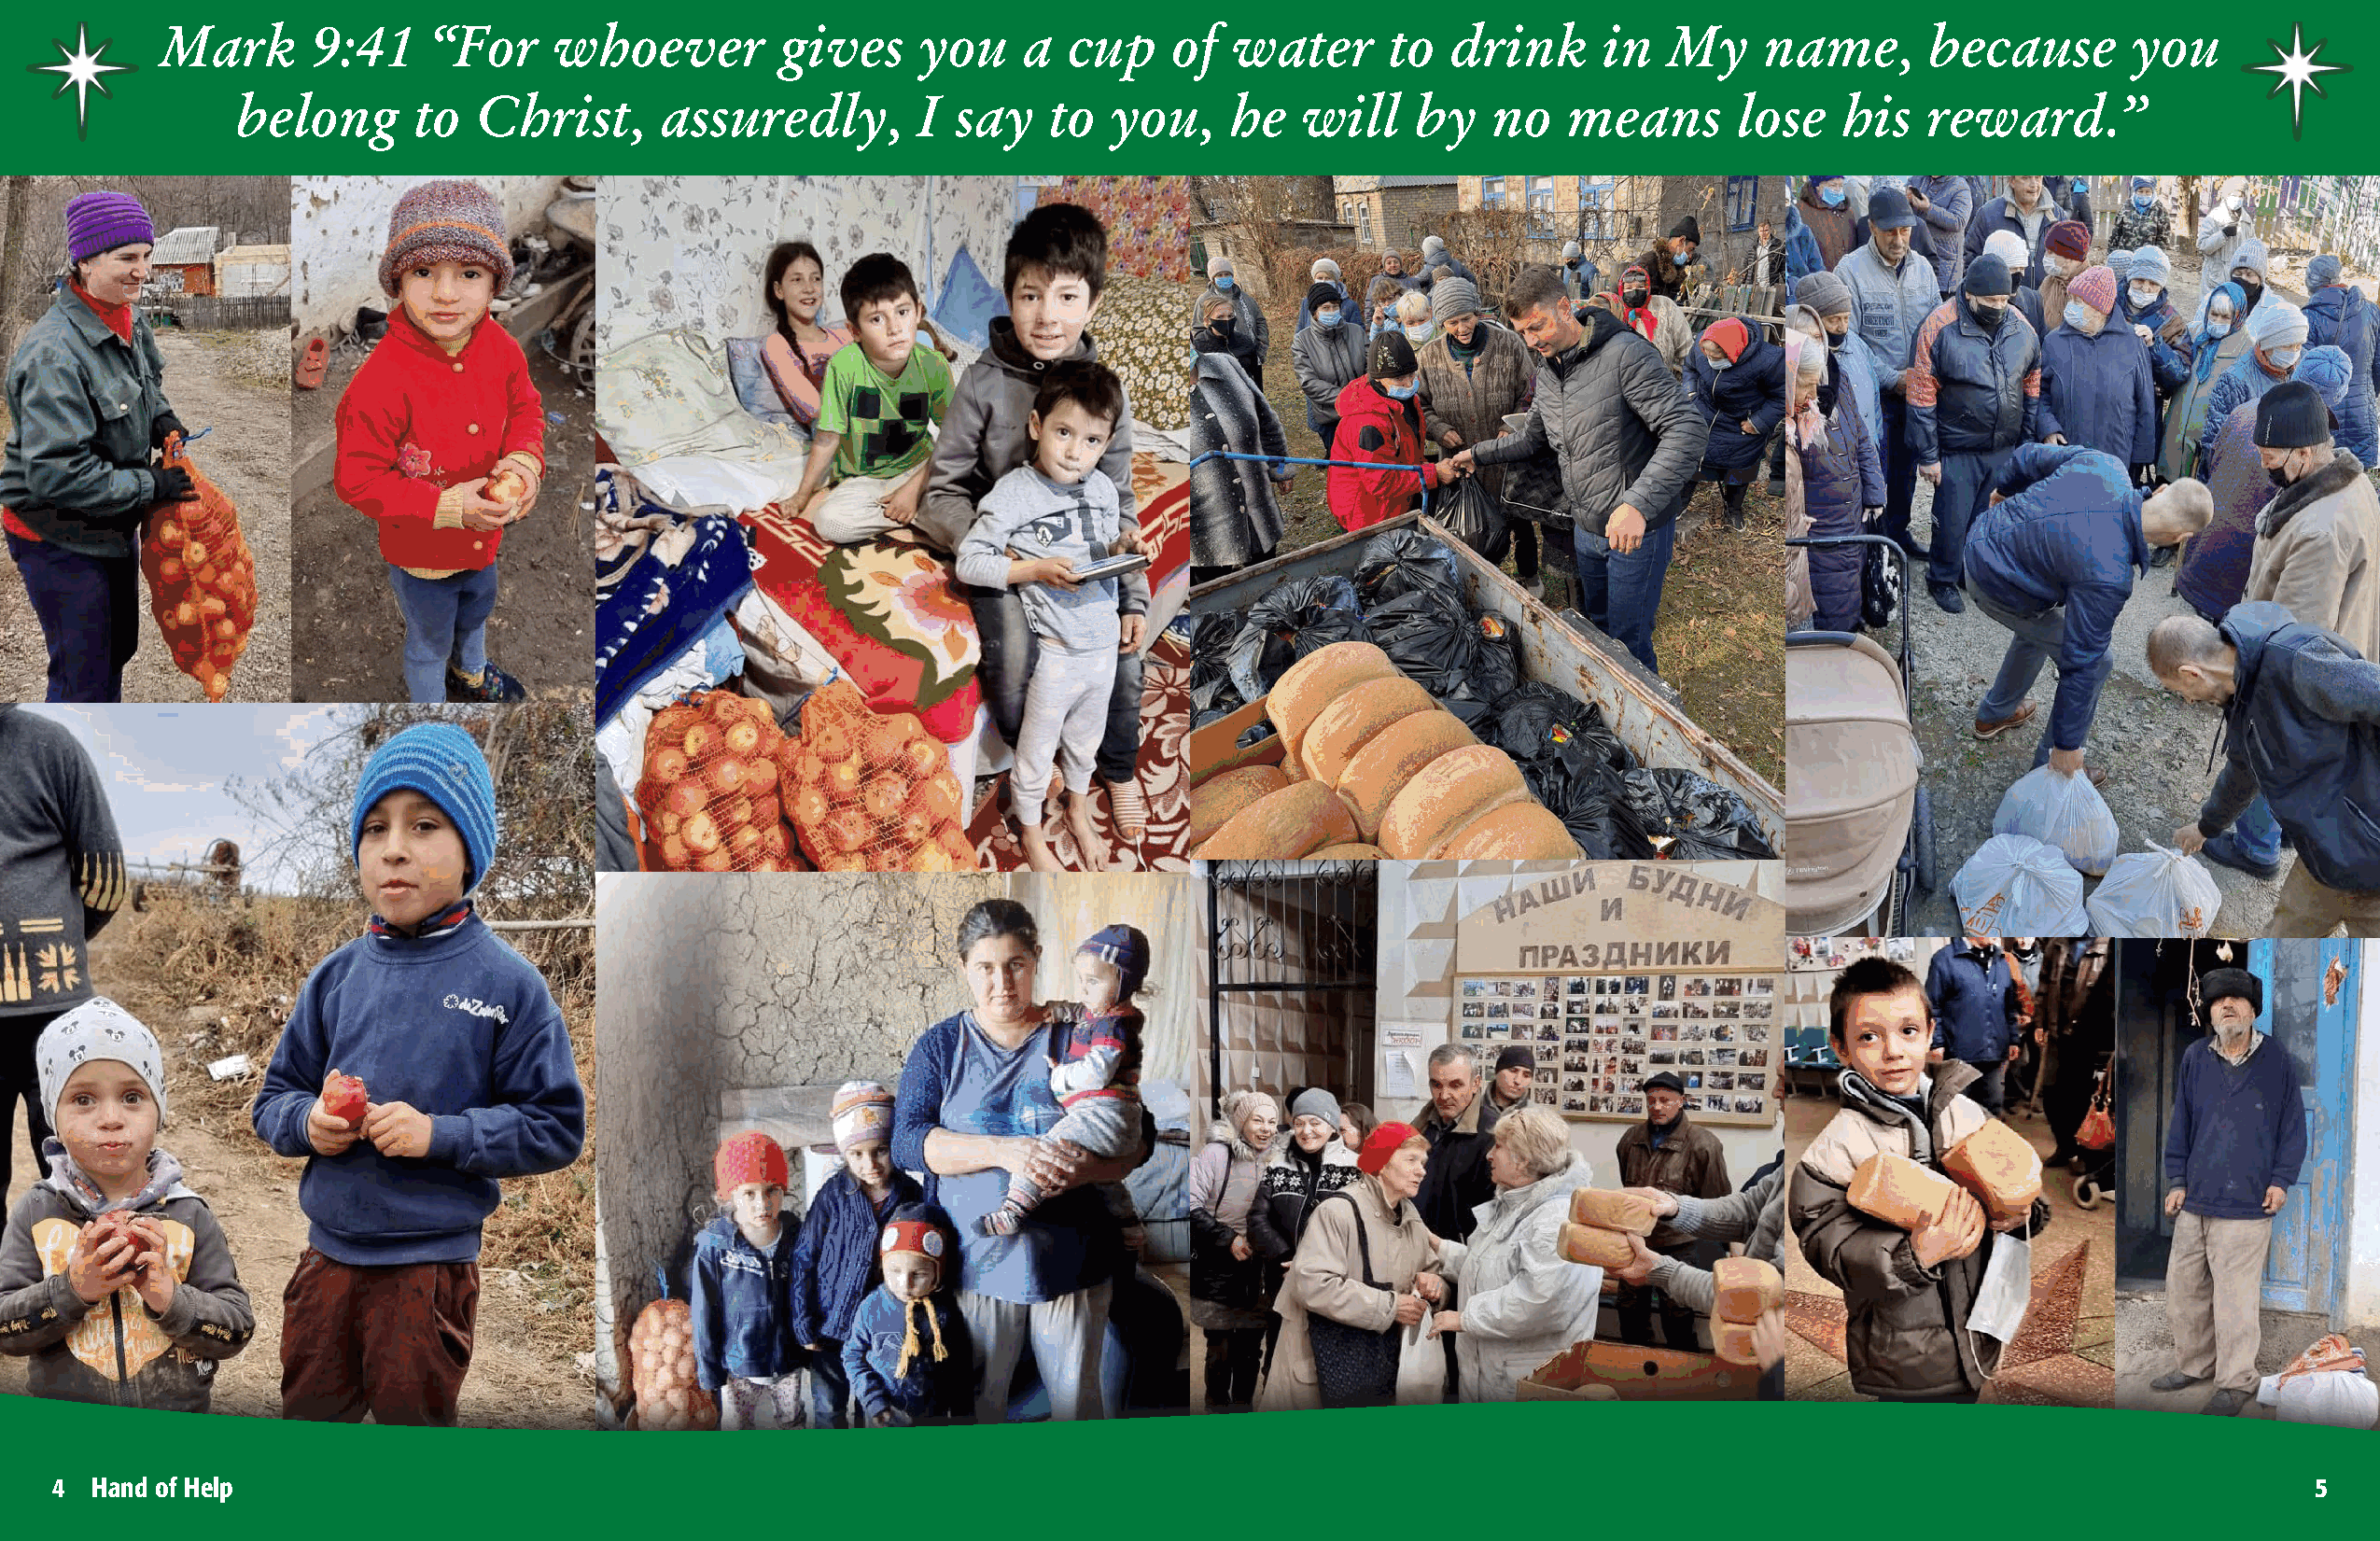
Mark       9:41    “For     whoever         gives     you    a   cup    of  water      to   drink      in  My     name,       because       you
 belong      to   Christ,      assuredly,        I  say   to   you,    he   will    by    no   means       lose    his   reward.”
 The call number for Michael Boldea Jr’s radio show,
 4  Hand of Help                                                                                        Hand of Help • 1-866-371-7636 • Visit us on facebook at handofhelp.com/facebook 5
 The Light of Truth, airing Thursdays, 6 to 7 pm CST is 347-989-0136